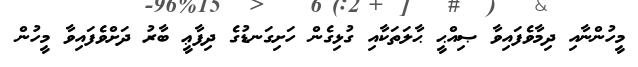
މީހުންނާއި ދިމާވެފައިވާ ޞިއްޙީ ޙާލަތަކާއި ގުޅިގެން ހަށިގަނޑުގެ ދިފާޢީ ބާރު ދަށްވެފައިވާ މީހުން